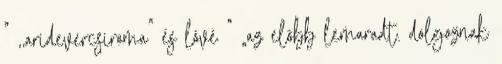
” ,,aridevercsiroma" és lóvé ” „az előbb lemaradt. dolgoznak